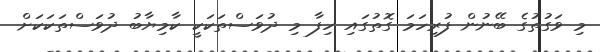
މި ވަގުތުގެ ބޭނުން ފުރިހަމަ ގޮތުގައި ހިފާ މި ދުވަސްތަކަކީ ކާމިޔާބު ދުވަސްތަކަކަށް